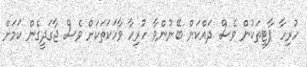
ހުރިހާ ޕާޓީތަކުން ވެސް ދައްކަން ބޭނުންވާ ހުރިހާ ވާހަކަތަކަށް ވެސް ޖާގަދީގެން ކަމަށް